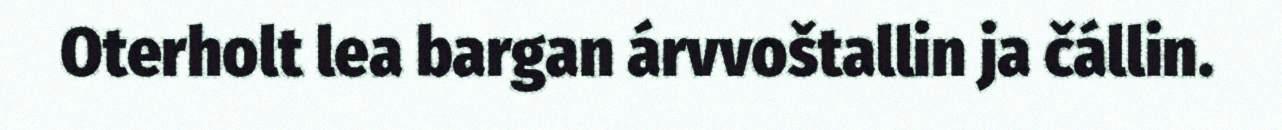
Oterholt lea bargan árvvoštallin ja čállin.